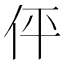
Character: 伻